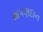
થાપણદાન